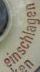
einschlagen